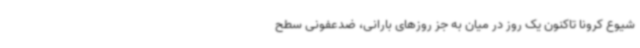
شیوع کرونا تاکنون یک روز در میان به جز روزهای بارانی، ضدعفونی سطح